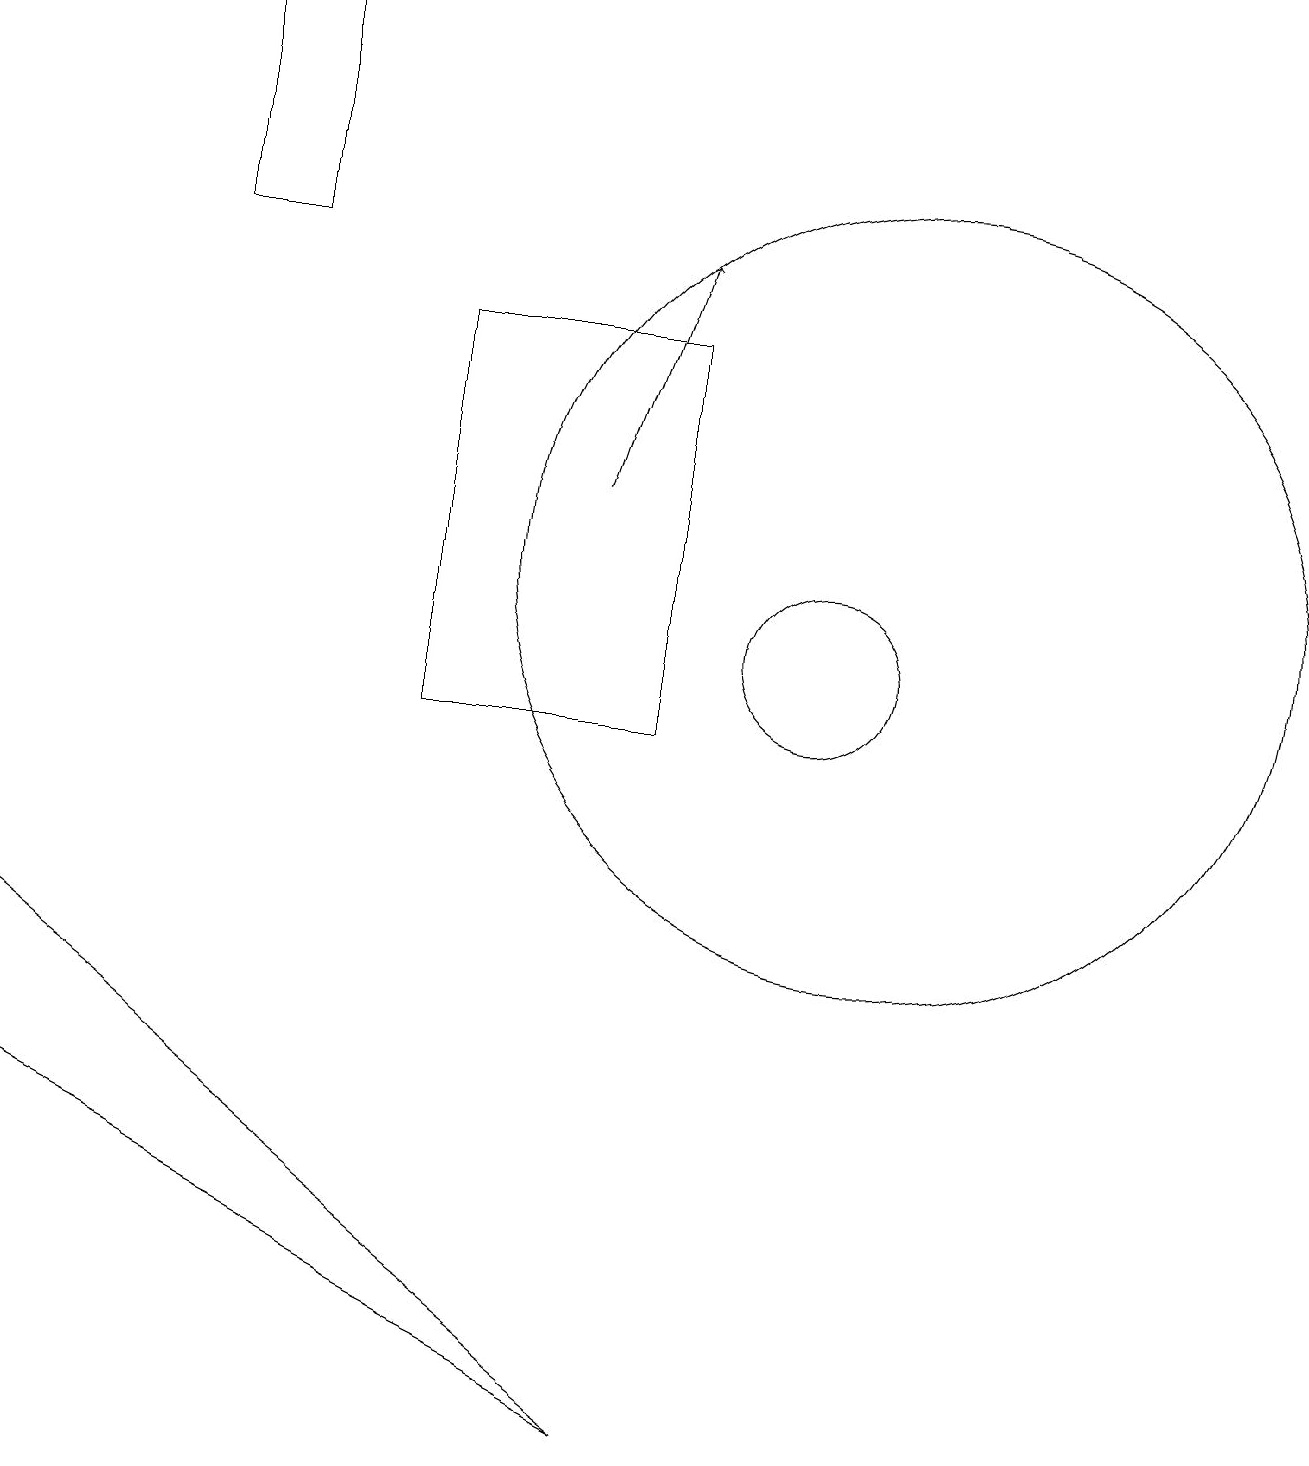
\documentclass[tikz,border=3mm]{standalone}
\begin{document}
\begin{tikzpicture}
\draw[->] (8,13) -- (9,16);
\draw (9,1) -- (1,7) -- (1,5) -- cycle;
\draw (3,16) rectangle (4,19);
\draw (11,11) circle (1);
\draw (12,12) circle (5);
\draw (9,15) rectangle (6,10);
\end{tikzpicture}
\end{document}